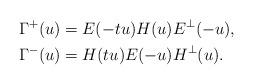
LaTeX: \begin{align*}\Gamma^+(u)&= E(-tu)H(u) E^{\perp}(-u),\\\Gamma^-(u)&= H(tu)E(-u) H^{\perp}(u). \end{align*}